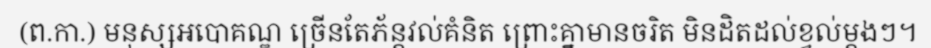
(ព.កា.) មនុស្សអបោគណ្ឌ ច្រើនតែភ័ន្តវល់គំនិត ព្រោះគ្នាមានចរិត មិនដិតដល់ខ្វល់ម្តងៗ។